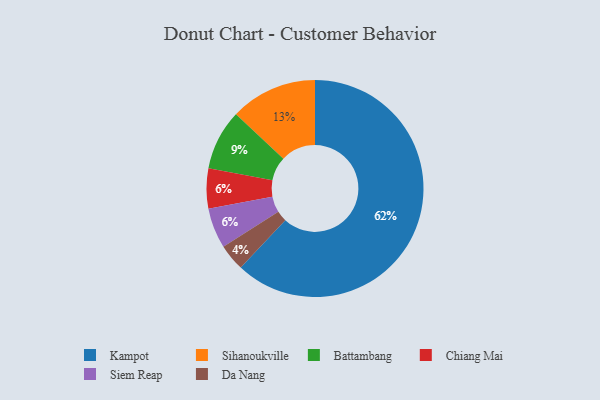
{"axis": {"x": "Category", "y": "Percentage"}, "legend": ["Battambang", "Chiang Mai", "Da Nang", "Kampot", "Siem Reap", "Sihanoukville"], "data": [{"x": "Battambang", "y": 9, "type": "Battambang"}, {"x": "Kampot", "y": 62, "type": "Kampot"}, {"x": "Chiang Mai", "y": 6, "type": "Chiang Mai"}, {"x": "Siem Reap", "y": 6, "type": "Siem Reap"}, {"x": "Sihanoukville", "y": 13, "type": "Sihanoukville"}, {"x": "Da Nang", "y": 4, "type": "Da Nang"}]}